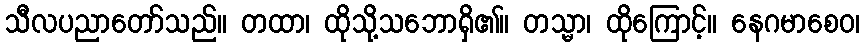
သီလပညာတော်သည်။ တထာ၊ ထိုသို့သဘောရှိ၏။ တသ္မာ၊ ထိုကြောင့်။ နေဂမာစေဝ၊